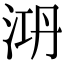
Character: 㳩